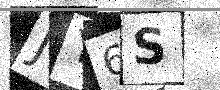
Text: JY6S